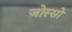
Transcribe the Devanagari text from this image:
जोस्सो